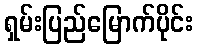
ရှမ်းပြည်မြောက်ပိုင်း